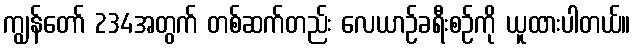
ကျွန်တော် 234အတွက် တစ်ဆက်တည်း လေယာဉ်ခရီးစဉ်ကို ယူထားပါတယ်။